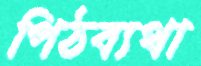
পিঠব্যথা